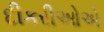
દીકરીઓએ